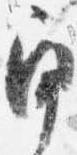
角